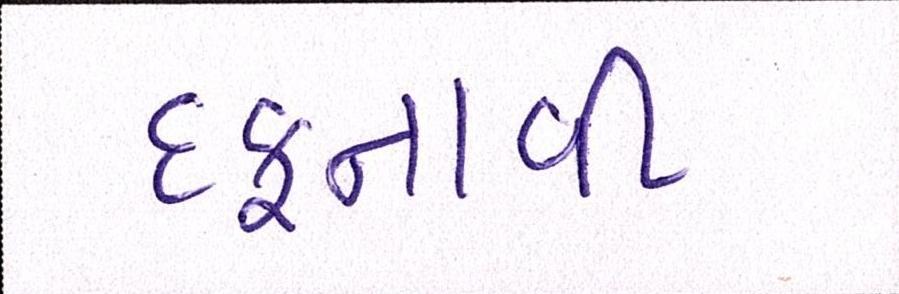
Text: દફનાવી